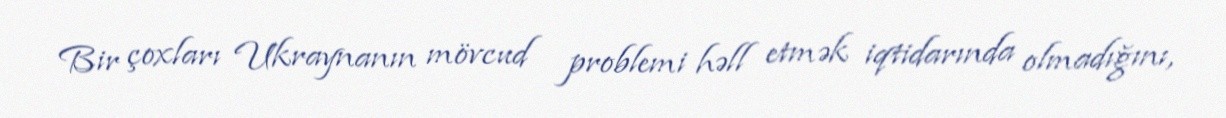
Bir çoxları Ukraynanın mövcud problemi həll etmək iqtidarında olmadığını,